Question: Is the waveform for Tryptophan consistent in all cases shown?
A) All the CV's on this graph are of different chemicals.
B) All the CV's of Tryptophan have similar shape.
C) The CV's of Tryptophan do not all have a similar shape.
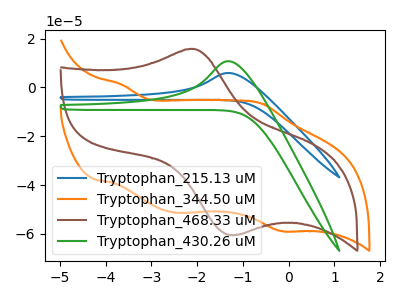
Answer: <think>The blue curve "Tryptophan_215.13 uM" has an anodic peak at: (-1.30V, 5.90uA). The orange curve "Tryptophan_344.50 uM" has anodic peaks at (-3.65V, 1.20uA) (-0.60V, -6.65uA) and cathodic peaks at (-2.45V, -51.35uA) (-0.15V, -58.85uA). The brown curve "Tryptophan_468.33 uM" has an anodic peak at (-2.10V, 15.70uA) and a cathodic peak at (-1.15V, -60.45uA). The green curve "Tryptophan_430.26 uM" has an anodic peak at: (-1.30V, 10.70uA).
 "Tryptophan_215.13 uM" and "Tryptophan_344.50 uM" have a different number of peaks. "Tryptophan_215.13 uM" and "Tryptophan_468.33 uM" have a different number of peaks. All the peaks in "Tryptophan_215.13 uM" have a peak in "Tryptophan_430.26 uM" at the same potential. Every peak in "Tryptophan_215.13 uM" is lower than every peak in "Tryptophan_430.26 uM". "Tryptophan_344.50 uM" and "Tryptophan_468.33 uM" have a different number of peaks. "Tryptophan_344.50 uM" and "Tryptophan_430.26 uM" have a different number of peaks. "Tryptophan_468.33 uM" and "Tryptophan_430.26 uM" have a different number of peaks.</think>
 <answer>B) All the CV's of "Tryptophan" have similar shape.</answer>
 <eval>B</eval>